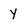
Character: Y